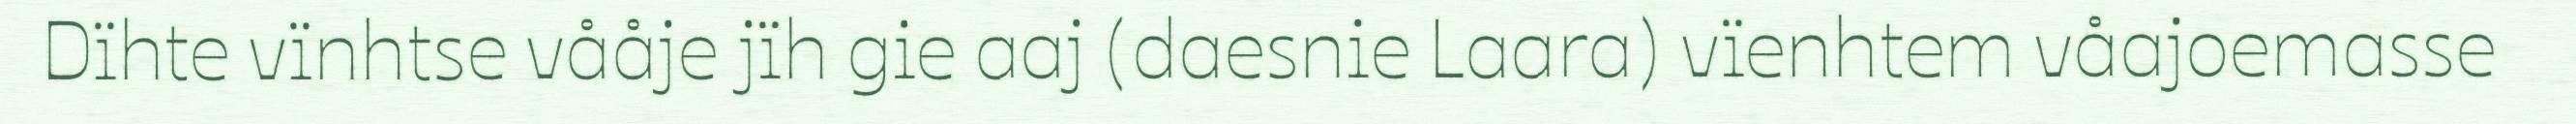
Dïhte vïnhtse vååje jïh gie aaj (daesnie Laara) vïenhtem våajoemasse